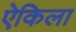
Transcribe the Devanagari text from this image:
ऐकिला